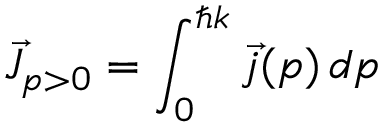
\vec { J } _ { p > 0 } = \int _ { 0 } ^ { \hbar k } \vec { j } ( p ) \, d p